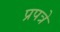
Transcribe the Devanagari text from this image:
प्रपत्रे